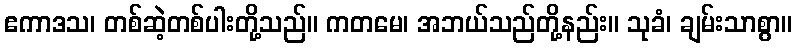
ဧကာဒသ၊ တစ်ဆဲ့တစ်ပါးတို့သည်။ ကတမေ၊ အဘယ်သည်တို့နည်း။ သုခံ၊ ချမ်းသာစွာ။